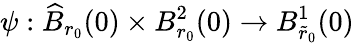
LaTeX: {\psi}:\widehat{B}_{r_{0}}(0)\times B_{r_{0}}^{2}(0)\to B_{\tilde{r}_{0}}^{1}(0)